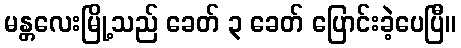
မန္တလေးမြို့သည် ခေတ် ၃ ခေတ် ပြောင်းခဲ့ပေပြီ။